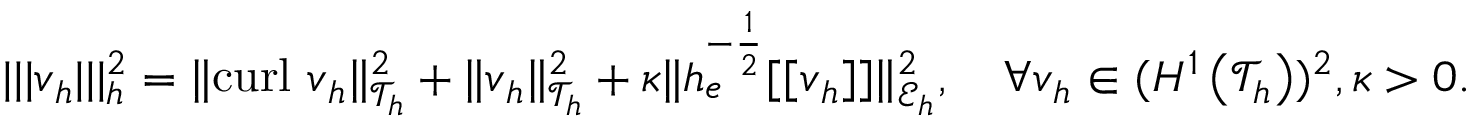
\begin{array} { r } { | | | \boldsymbol { v } _ { h } | | | _ { h } ^ { 2 } = \| \mathrm { c u r l } ~ \boldsymbol { v } _ { h } \| _ { \mathcal { T } _ { h } } ^ { 2 } + \| \boldsymbol { v } _ { h } \| _ { \mathcal { T } _ { h } } ^ { 2 } + \kappa \| h _ { e } ^ { - \frac { 1 } { 2 } } [ [ \boldsymbol { v } _ { h } ] ] \| _ { \mathcal { E } _ { h } } ^ { 2 } , \quad \forall \boldsymbol { v } _ { h } \in ( H ^ { 1 } \left( \mathcal { T } _ { h } \right) ) ^ { 2 } , \kappa > 0 . } \end{array}